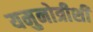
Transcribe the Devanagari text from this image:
यमुनोत्रीशी